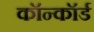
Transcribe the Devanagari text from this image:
कॉन्कॉर्ड